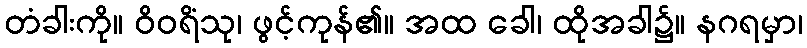
တံခါးကို။ ဝိဝရိံသု၊ ဖွင့်ကုန်၏။ အထ ခေါ၊ ထိုအခါ၌။ နဂရမှာ၊